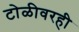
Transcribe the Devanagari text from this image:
टोळीवरही